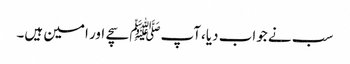
سب نے جواب دیا،آپﷺ سچے اور امین ہیں۔